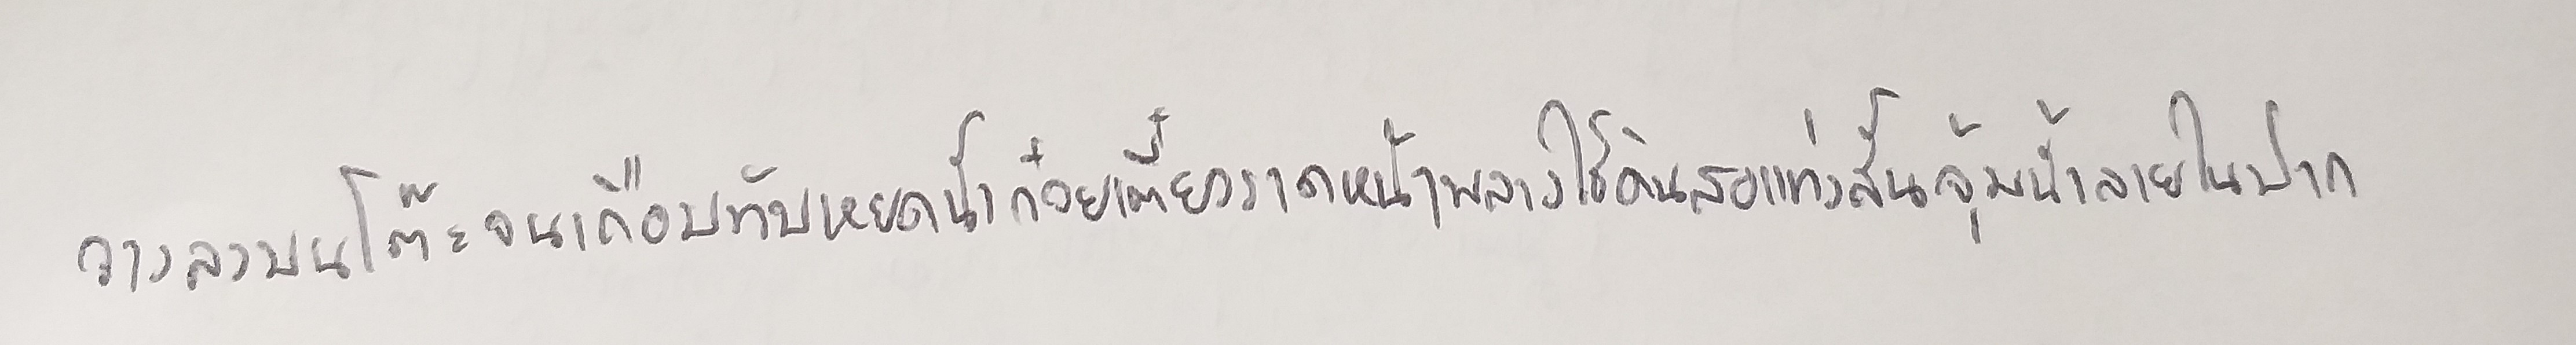
วางลงบนโต๊ะจนเกือบทับหยดน้ำก๋วยเตี๋ยวราดหน้าพลางใช้ดินสอแท่งสั้นจุ้มน้ำลายในปาก